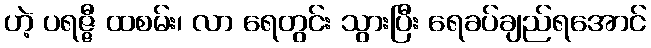
ဟဲ့ ပရဇ္ဇီ ထစမ်း၊ လာ ရေတွင်း သွားပြီး ရေခပ်ချည်ရအောင်